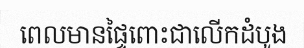
ពេលមានផ្ទៃពោះជាលើកដំបូង